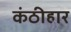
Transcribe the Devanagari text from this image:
कंठीहार